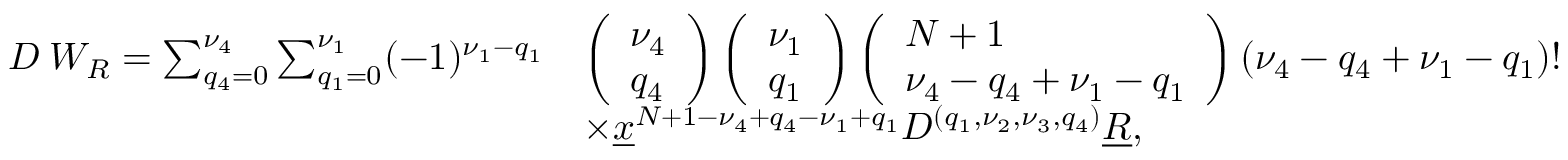
\begin{array} { r l } { D ^ { \mathbf \nu } W _ { R } = \sum _ { q _ { 4 } = 0 } ^ { \nu _ { 4 } } \sum _ { q _ { 1 } = 0 } ^ { \nu _ { 1 } } ( - 1 ) ^ { \nu _ { 1 } - q _ { 1 } } } & { \left( \begin{array} { l } { \nu _ { 4 } } \\ { q _ { 4 } } \end{array} \right) \left( \begin{array} { l } { \nu _ { 1 } } \\ { q _ { 1 } } \end{array} \right) \left( \begin{array} { l } { N + 1 } \\ { \nu _ { 4 } - q _ { 4 } + \nu _ { 1 } - q _ { 1 } } \end{array} \right) ( \nu _ { 4 } - q _ { 4 } + \nu _ { 1 } - q _ { 1 } ) ! } \\ & { \times \underline { x } ^ { N + 1 - \nu _ { 4 } + q _ { 4 } - \nu _ { 1 } + q _ { 1 } } D ^ { ( q _ { 1 } , \nu _ { 2 } , \nu _ { 3 } , q _ { 4 } ) } \underline { R } , } \end{array}